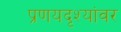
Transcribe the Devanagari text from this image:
प्रणयदृश्यांवर